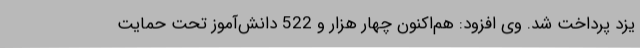
یزد پرداخت شد. وی افزود: هم‌اکنون چهار هزار و 522 دانش‌آموز تحت حمایت